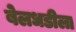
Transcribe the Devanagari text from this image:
बेलधडीला